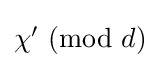
{\textstyle \chi '~(\mathrm {mod} ~{d})}